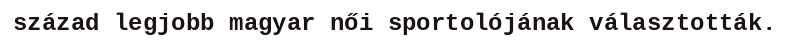
század legjobb magyar női sportolójának választották.